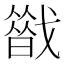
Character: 𢨈